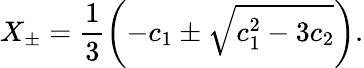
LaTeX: X_{\pm}=\frac{1}{3}\left(-c_{1}\pm\sqrt{c_{1}^{2}-3c_{2}}\right).